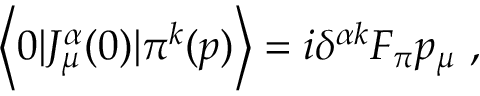
\left< 0 | J _ { \mu } ^ { \alpha } ( 0 ) | \pi ^ { k } ( p ) \right> = i \delta ^ { \alpha k } F _ { \pi } p _ { \mu } \ ,